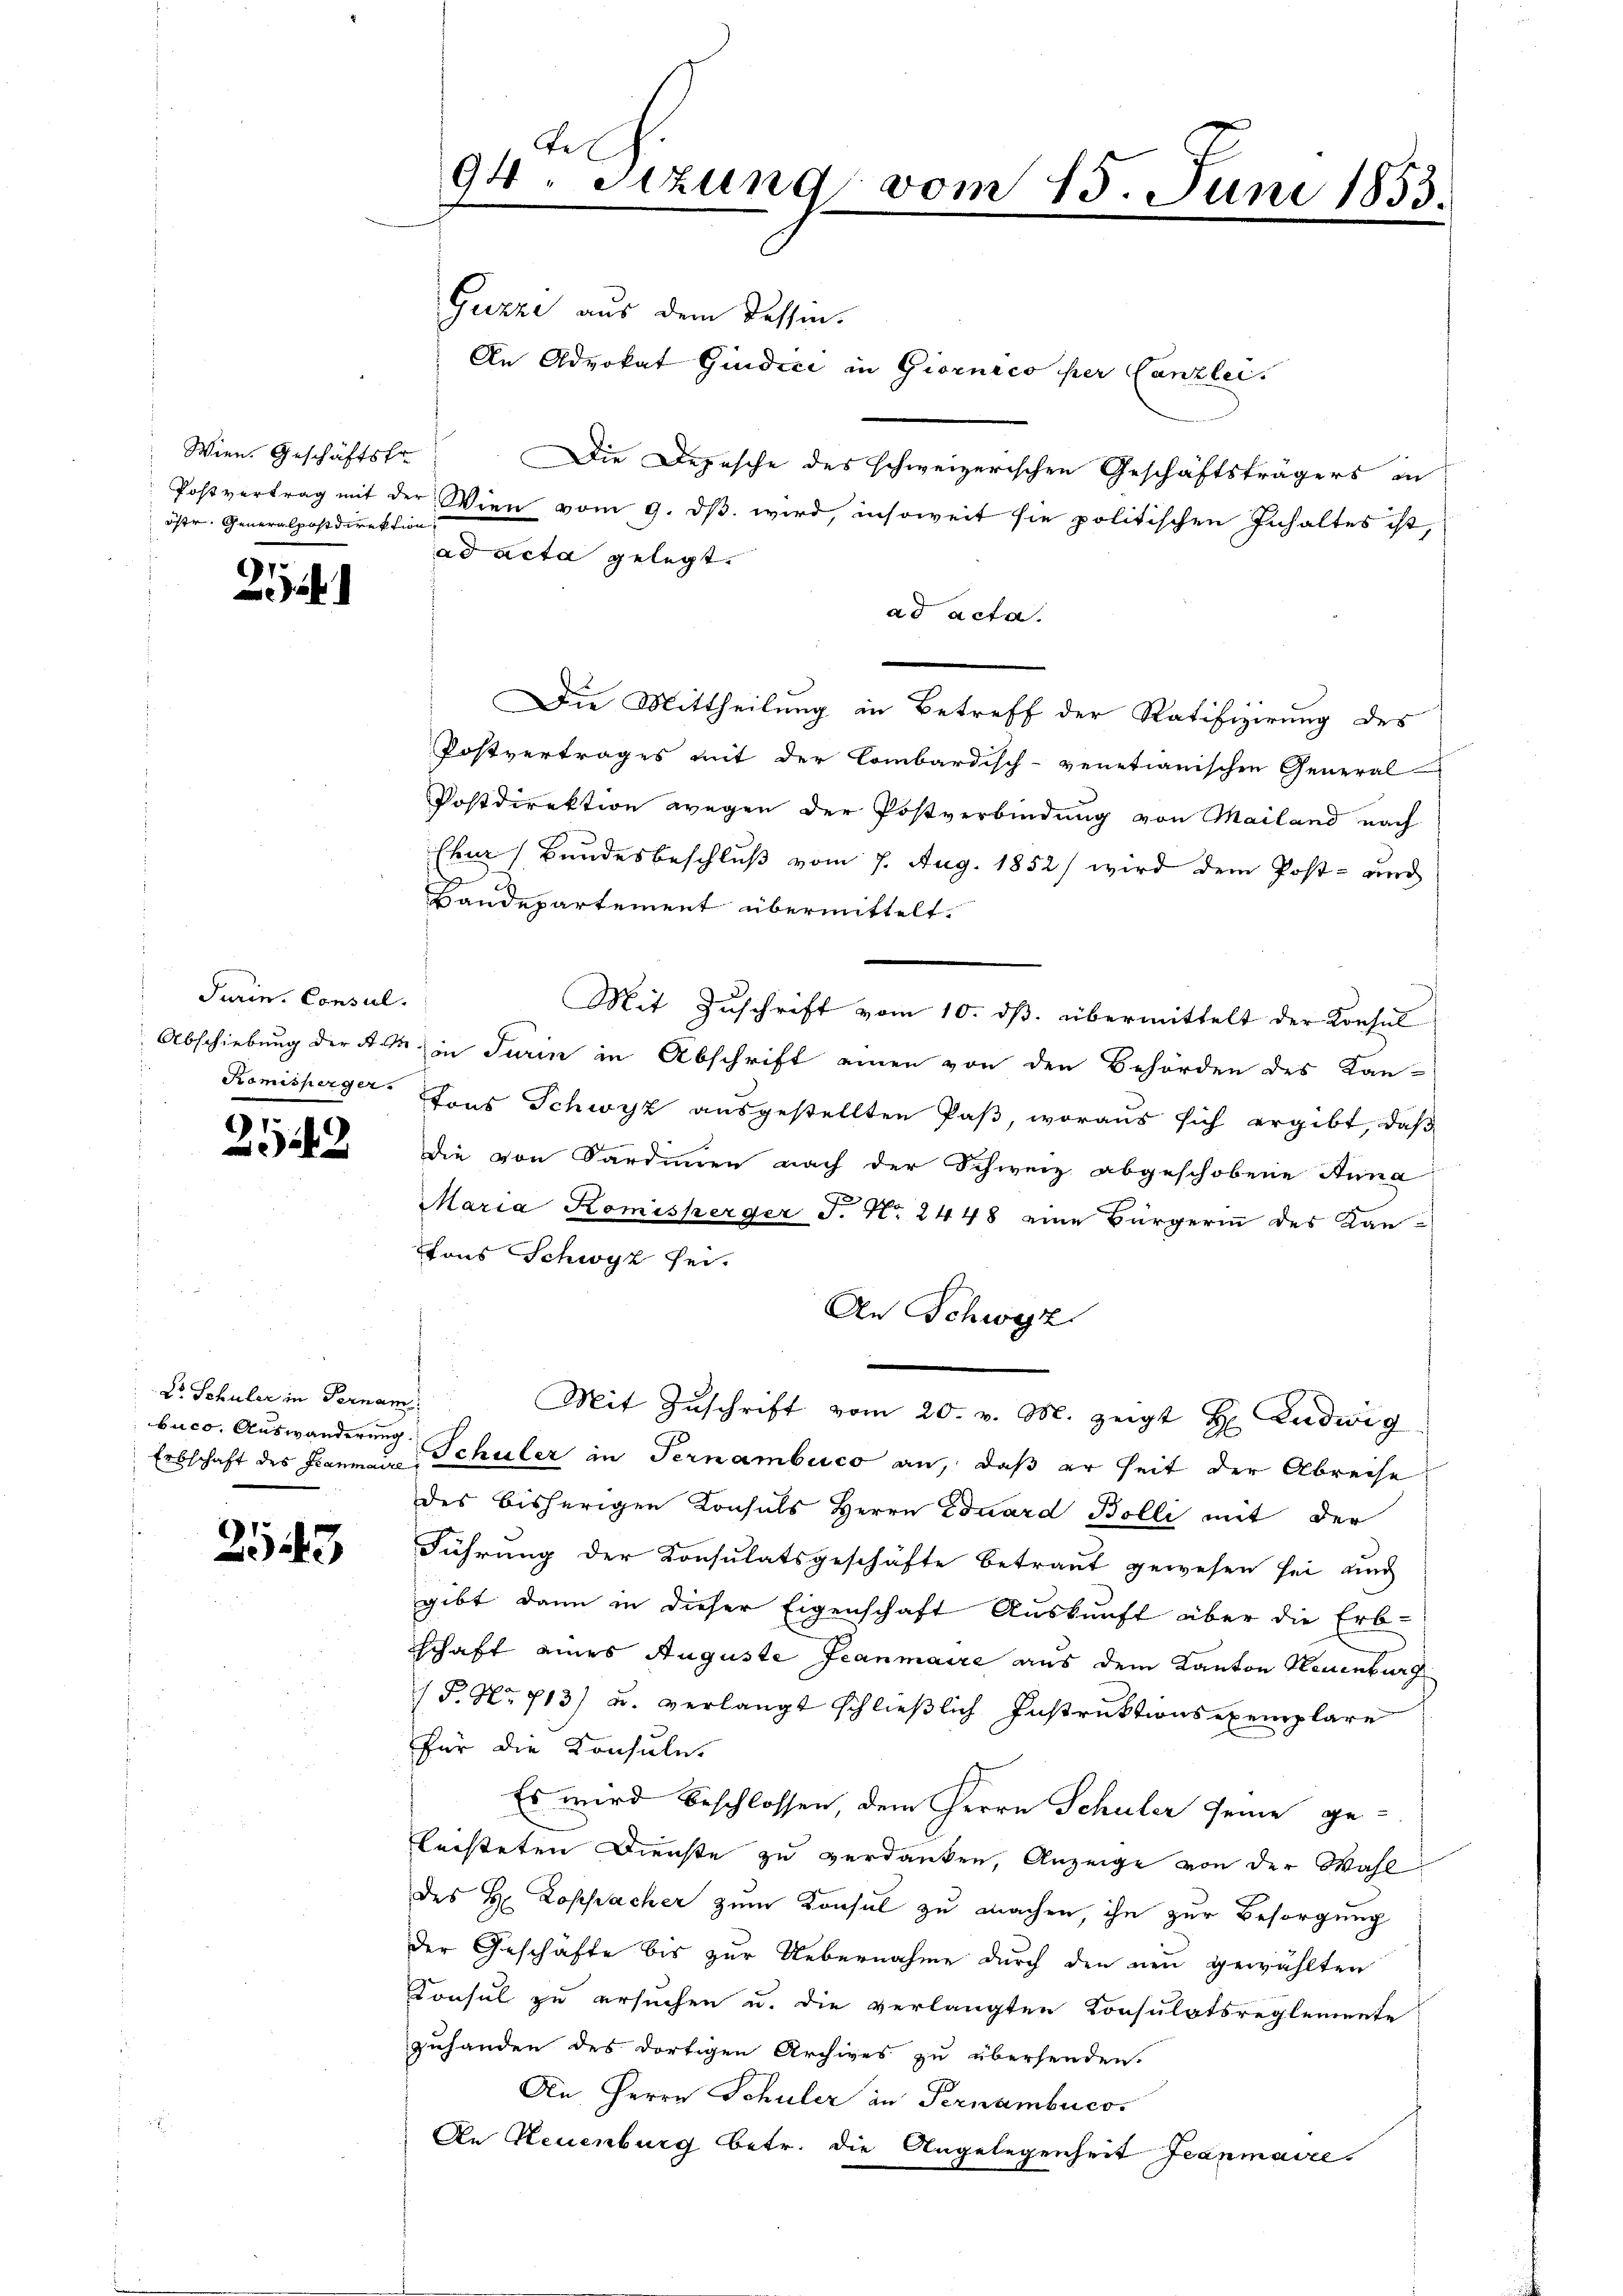
Wien. Geschäftsfr
öffen. Generalpostdirektion

22

Turin. Consul

5

Dr. Schuler in Fernam
buco. Auswanderung

243

Be
94. Sitzung vom 15. Juni 1853.

Guzze aus dem dessen.
An Advokat Giudici in Giornico per Canzlei.
Die Depesche des schweizerischen Geschäftsträgers in
Postvertrag mit der Wien vom 9. dβ. wird, insoweit sie politischen Inhaltes ist,
ad acta gelegt.
ad acta.
Die Mittheilung in Betreff der Ratifizierung des
Postvertrages mit der Combardisch-venetianischen General-
Postdirektion wegen der Postverbindung von Mailand nach
Ehn (Bundesbeschluß vom 7. Aug. 1852/ wird dem Post- und
Handepartement übermittelt.
Mit Zuschrift vom 10. ds. übermittelt der Konsul
Abschiebung der Akt in Turin in Abschrift einen von den Behörden des Kan-
Romisperger. Tons Schwyz ausgestellten Paß, woraus sich ergibt, daß
die von Sardinnen nach der Schweiz abgeschobene Anna
Maria Komiskerger J. Nr. 2448 eine Bürgerinn des Kan-
tons Schwyz sei.
An Schwyz
Mit Zŭschrift vom 20. v. M. zeigt H. Ludwig
Erbschaft des Franmann Schuler in Ternambico an, daß er seit der Abreise
des bisherigen Konsuls Herrn Eduard Bolli mit der
Führung der Konsulatsgeschäfte betraut gewesen sei und
gibt dann in dieser Eigenschaft Auskunft über die Erb-
schaft eines Auguste Jeanmaire aus dem Kanton Neuenburg
/S. Nr. 713) u. verlangt schließlich Instruktions exemplare
für die Konsule.
Es wird beschlossen, dem Herrn Schuler seine ge-
leisteten Dienste zu verdanken, Anzeige von der Wahl
des H. Lospacher zum Konsul zu machen, ihn zur Besorgung
der Geschäfte bis zur Uebernahme durch den neu gewählten
Konsul zu ersuchen u. die verlangten Konsulatsreglemente
zuhanden des dortigen Archives zu übersenden.
An Herrn Schuler in Pernambucss
An Neuenburg betr. die Angelegenheit Jeanmaire.